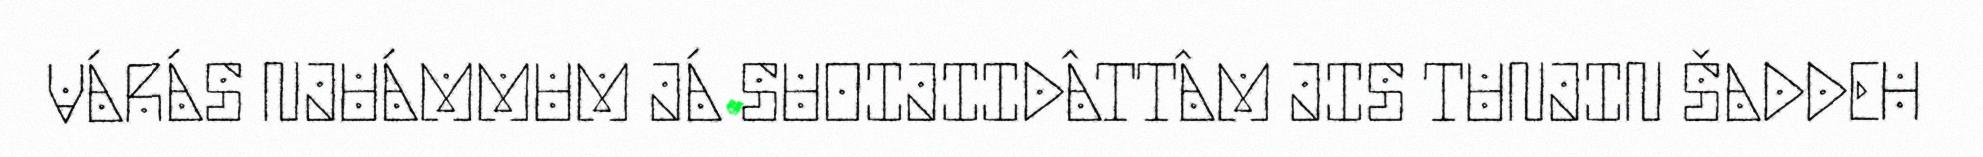
VÁRÁS NJUÁMMUM JÁ SUOIJIIDÂTTÂM JIS TUNJIN ŠADDEH